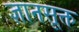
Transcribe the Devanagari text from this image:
ज्ञानसूक्त